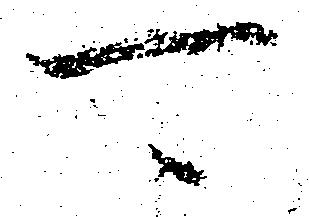
可